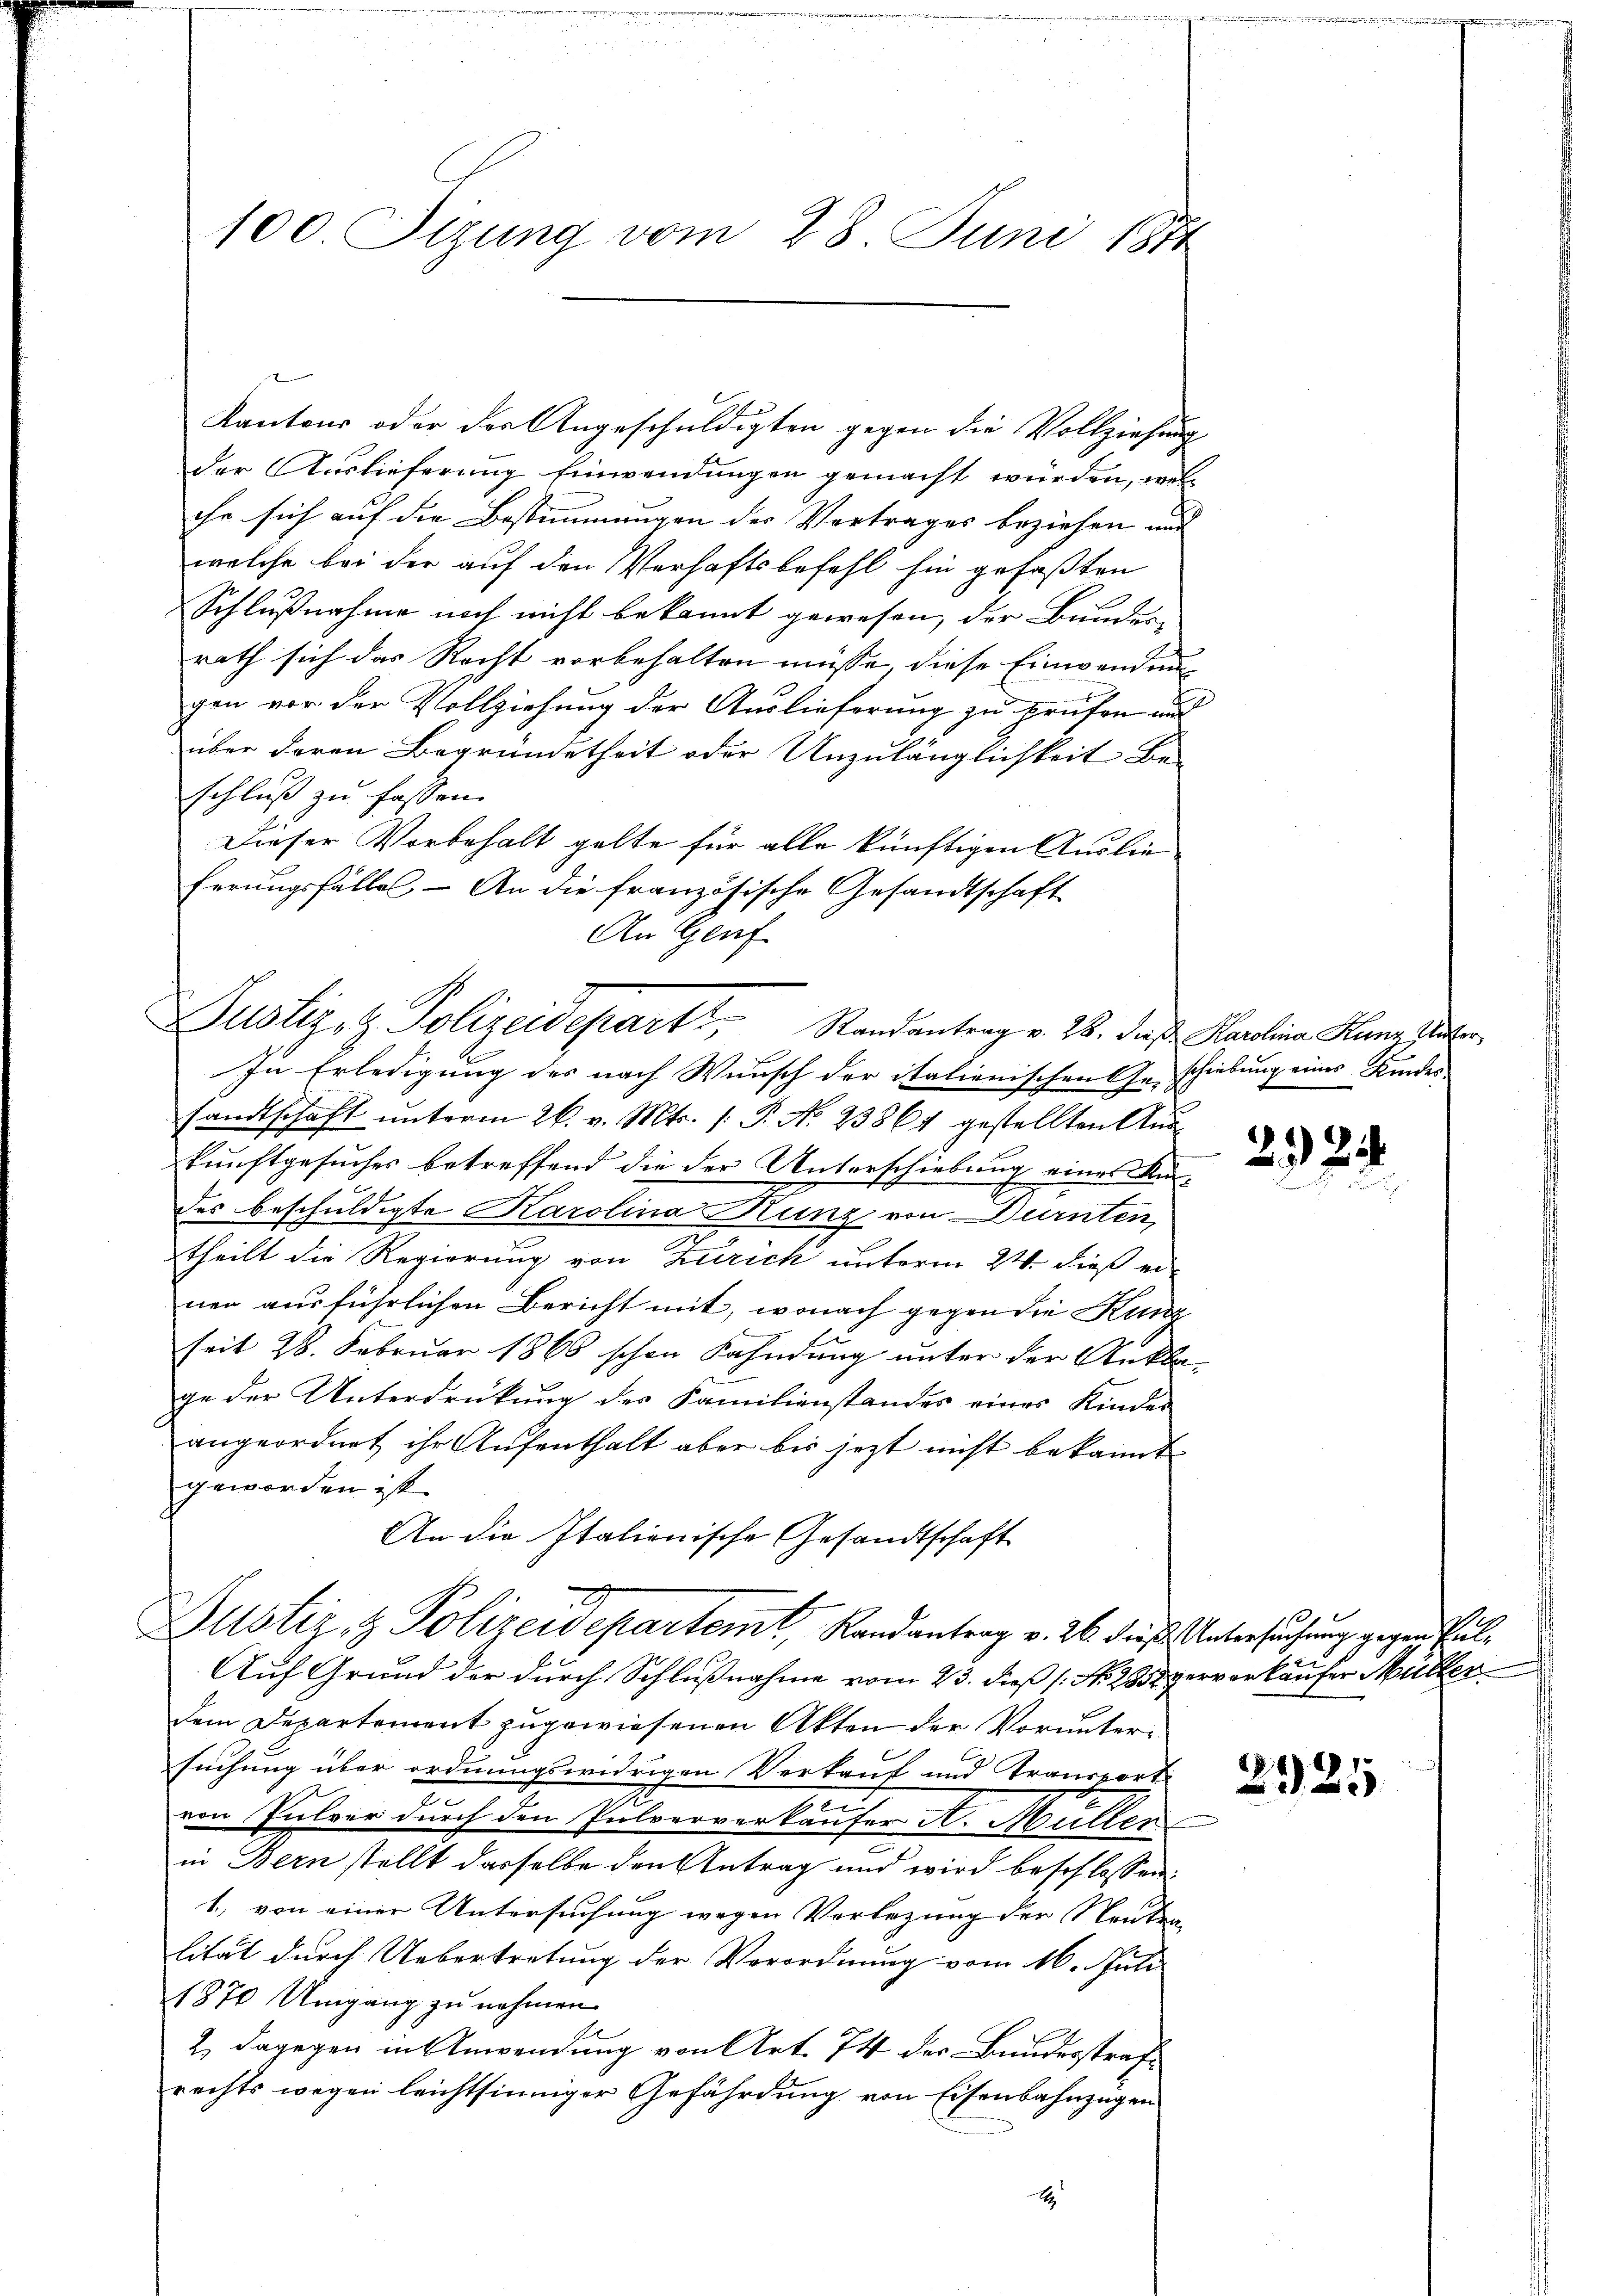
100. Sizung vom 28. Juni 1874

Kantons oder der Angeschuldigten gegen die Vollziehung
der Auslieferung Einwendungen gemacht würden, welche sich auf die Bestimmungen der Vertrages beziehen und |
welche bei der auf den Verhaftsbefehl hin gefaßten
Schlußnahme noch nicht bekannt gewesen, der Bundes-
rath sich das Recht vorbehalten müsse, diese Einwendung
gen vor der Vollziehung der Auslieferung zu prüfen und
über deren Begründetheit oder Unzulänglichkeit Be-
schluß zu fassen.
Dieser Vorbehalt gelte für alle künftigen Auslieferungsfälle - An die französische Gesandtschaft
An Genf

Justiz- & Polizeidepart Randantrag v. 28. dieß Karolina Kunz gute

In Erledigung des nach Wunsch der italienischen Geschiebung eines Kindes
sandtschaft unterm 26. v. Mts. (: P. N. 23861 gestellten Auskunftgesuches betreffend die der Unterschiebung eines Mides beschuldigte Karolina Kunz von Dürnten,
e
theilt die Regierung von Zürich unterm 24. dieß ei-
nen ausführlichen Bericht mit, wonach gegen die Kunz
seit 28. Februar 1866 schon Kahndung unter der Ankla-
ge der Unterdrückung der Familienstandes eines Kinder
angeordnet ihr Aufenthalt aber bis jezt nicht bekannt
geworden ist.
An die Italienische Gesandtschaft
Justiz- & Polizeidepartemt, Randantrag v. 26. die Untersuchung gegen Pul¬
Auf Grund der durch Schlußnahme vom 23. dieß (No. 235 ververkäufer Müller
dem Departement zugewiesenen Akten der Voruntersuchung über ordnungswidrigen Verkauf und Transport
von Pulver durch den Pulververkäufer A. Müller
in Bern stellt dasselbe den Antrag und wird beschlossen:
1., von einer Untersuchung wegen Vorlegung der Neuten
lität durch Uebertretung der Vorordnung vom 16. Juli
1870 Umgang zu nehmen.
2. Dagegen in Anwendung von Art. 74 der Bundesstrafrechts wegen leichtsinniger Gefährdung von Eisenbahnzügen

22

10xx

2925